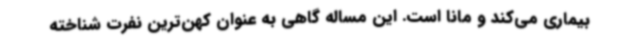
بیماری می‌کند و مانا است. این مساله گاهی به عنوان کهن‌ترین نفرت شناخته